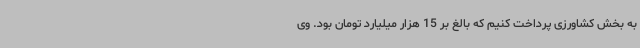
به بخش کشاورزی پرداخت کنیم که بالغ بر 15 هزار میلیارد تومان بود. وی